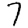
Digit: 7